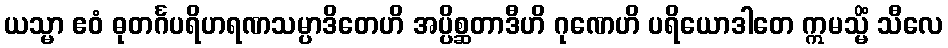
ယသ္မာ ဧဝံ ဓုတင်္ဂပရိဟရဏသမ္ပာဒိတေဟိ အပ္ပိစ္ဆတာဒီဟိ ဂုဏေဟိ ပရိယောဒါတေ ဣမသ္မိံ သီလေ